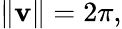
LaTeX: \| \mathbf{v}\| =2\pi,